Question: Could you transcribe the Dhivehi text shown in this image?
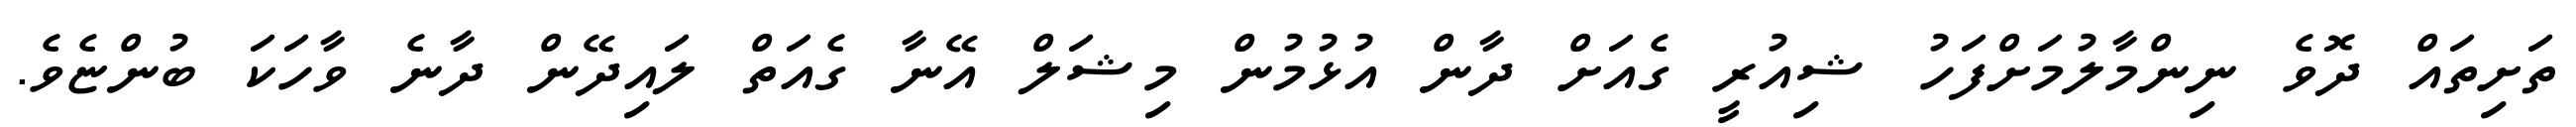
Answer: ތަށިތައް ދޮވެ ނިންމާލުމަށްފަހު ޝިއުރީ ގެއަށް ދާން އުޅުމުން މިޝަލް އޭނާ ގެއަތް ލައިދޭން ދާނެ ވާހަކަ ބުންޏެވެ.